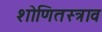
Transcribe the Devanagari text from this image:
शोणितस्त्राव